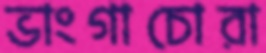
ভাংগাচোরা